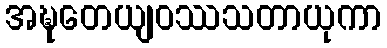
အဍ္ဎတေယျဝဿသတာယုကာ